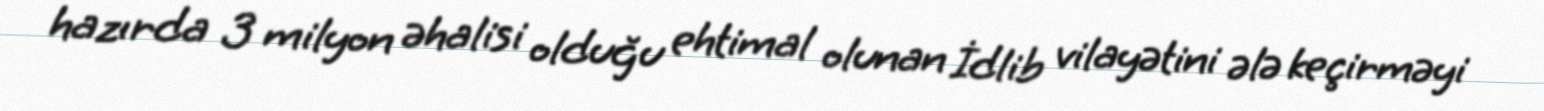
hazırda 3 milyon əhalisi olduğu ehtimal olunan İdlib vilayətini ələ keçirməyi